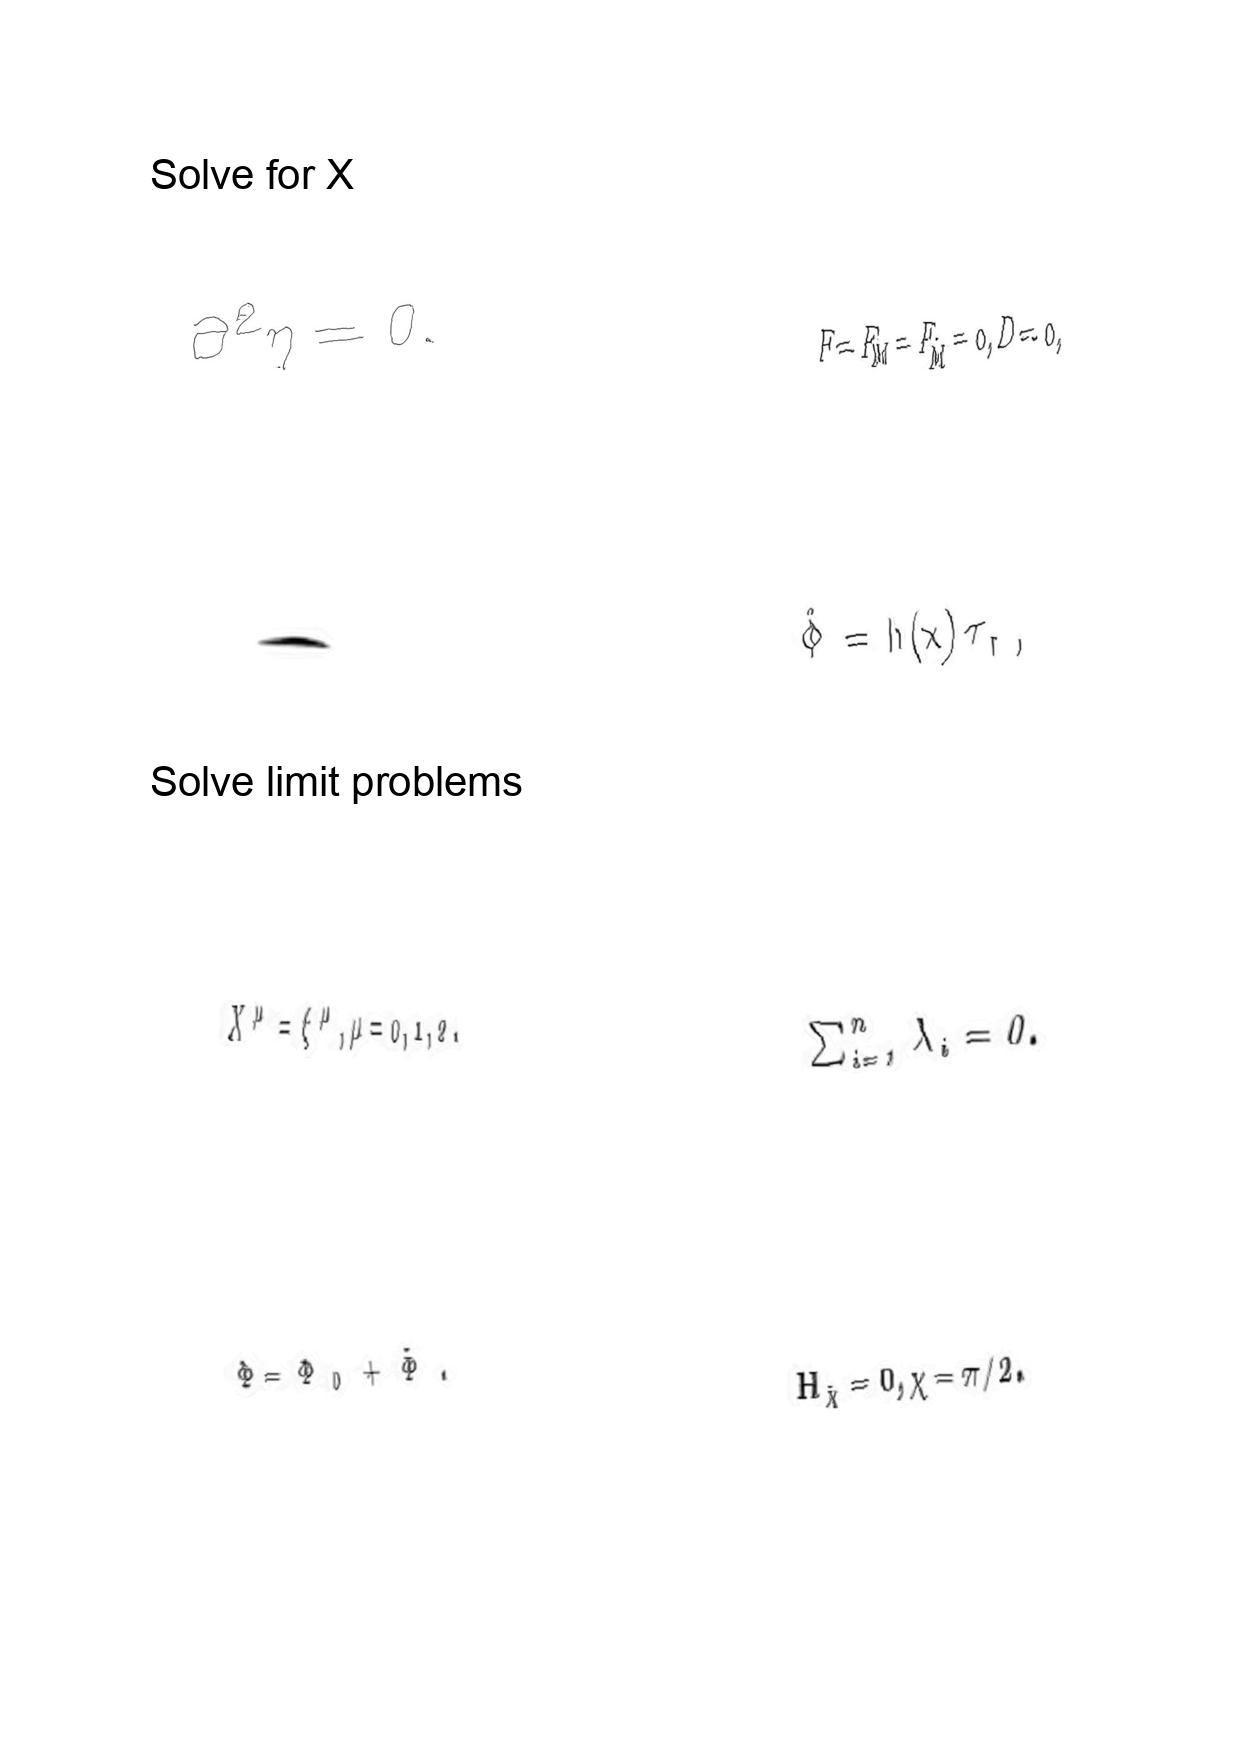
LaTeX transcription:
\partial ^ { 2 } \eta = 0 .
.
X ^ { \mu } = \xi ^ { \mu } , \mu = 0 , 1 , 2 .
\Phi = \Phi _ { 0 } + \tilde { \Phi } .
F = F _ { M } = F _ { \tilde { M } } = 0 , D = 0 ,
\hat { \Phi } = h \lparen x \rparen \tau _ { r } ,
\sum _ { i = 1 } ^ { n } \lambda _ { i } = 0 .
H _ { \hat { \chi } } = 0 , \chi = \pi / 2 .